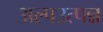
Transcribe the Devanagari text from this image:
अल्पउत्पन्न